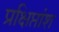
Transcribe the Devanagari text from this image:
प्रक्षिप्तांश